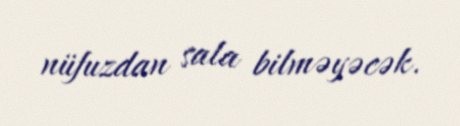
nüfuzdan sala bilməyəcək.